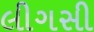
લીગસી